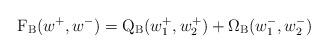
LaTeX: \begin{align*}\mathrm{F}_\mathrm{B}(w^+,w^-)=\mathrm{Q}_\mathrm{B}(w^+_1,w^+_2)+\Omega_\mathrm{B}(w^-_1,w^-_2)\end{align*}